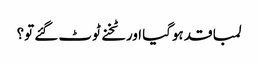
لمبا قد ہوگیا اور ٹخنے ٹوٹ گئے تو؟